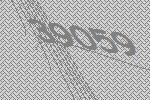
39059